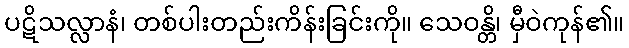
ပဋိသလ္လာနံ၊ တစ်ပါးတည်းကိန်းခြင်းကို။ သေဝန္တိ၊ မှီဝဲကုန်၏။